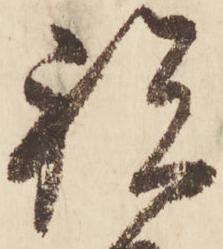
祝